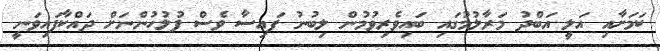
ކަމަށާއި އަލީ އަބްދު މަރާލުމުގައި ބައިވެރިވުމުން ލިބުނު ފައިސާ ވެސް ފުލުހުންނަށް ދައްކާފައިވަނީ